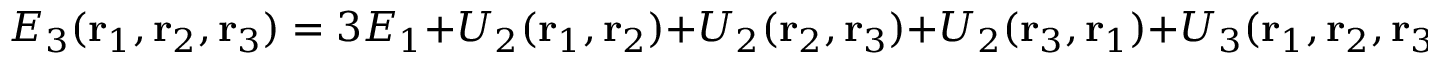
E _ { 3 } ( \mathbf { r } _ { 1 } , \mathbf { r } _ { 2 } , \mathbf { r } _ { 3 } ) = 3 E _ { 1 } + U _ { 2 } ( \mathbf { r } _ { 1 } , \mathbf { r } _ { 2 } ) + U _ { 2 } ( \mathbf { r } _ { 2 } , \mathbf { r } _ { 3 } ) + U _ { 2 } ( \mathbf { r } _ { 3 } , \mathbf { r } _ { 1 } ) + U _ { 3 } ( \mathbf { r } _ { 1 } , \mathbf { r } _ { 2 } , \mathbf { r } _ { 3 } ) ,